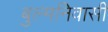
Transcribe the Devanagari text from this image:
बुल्मनिवासी